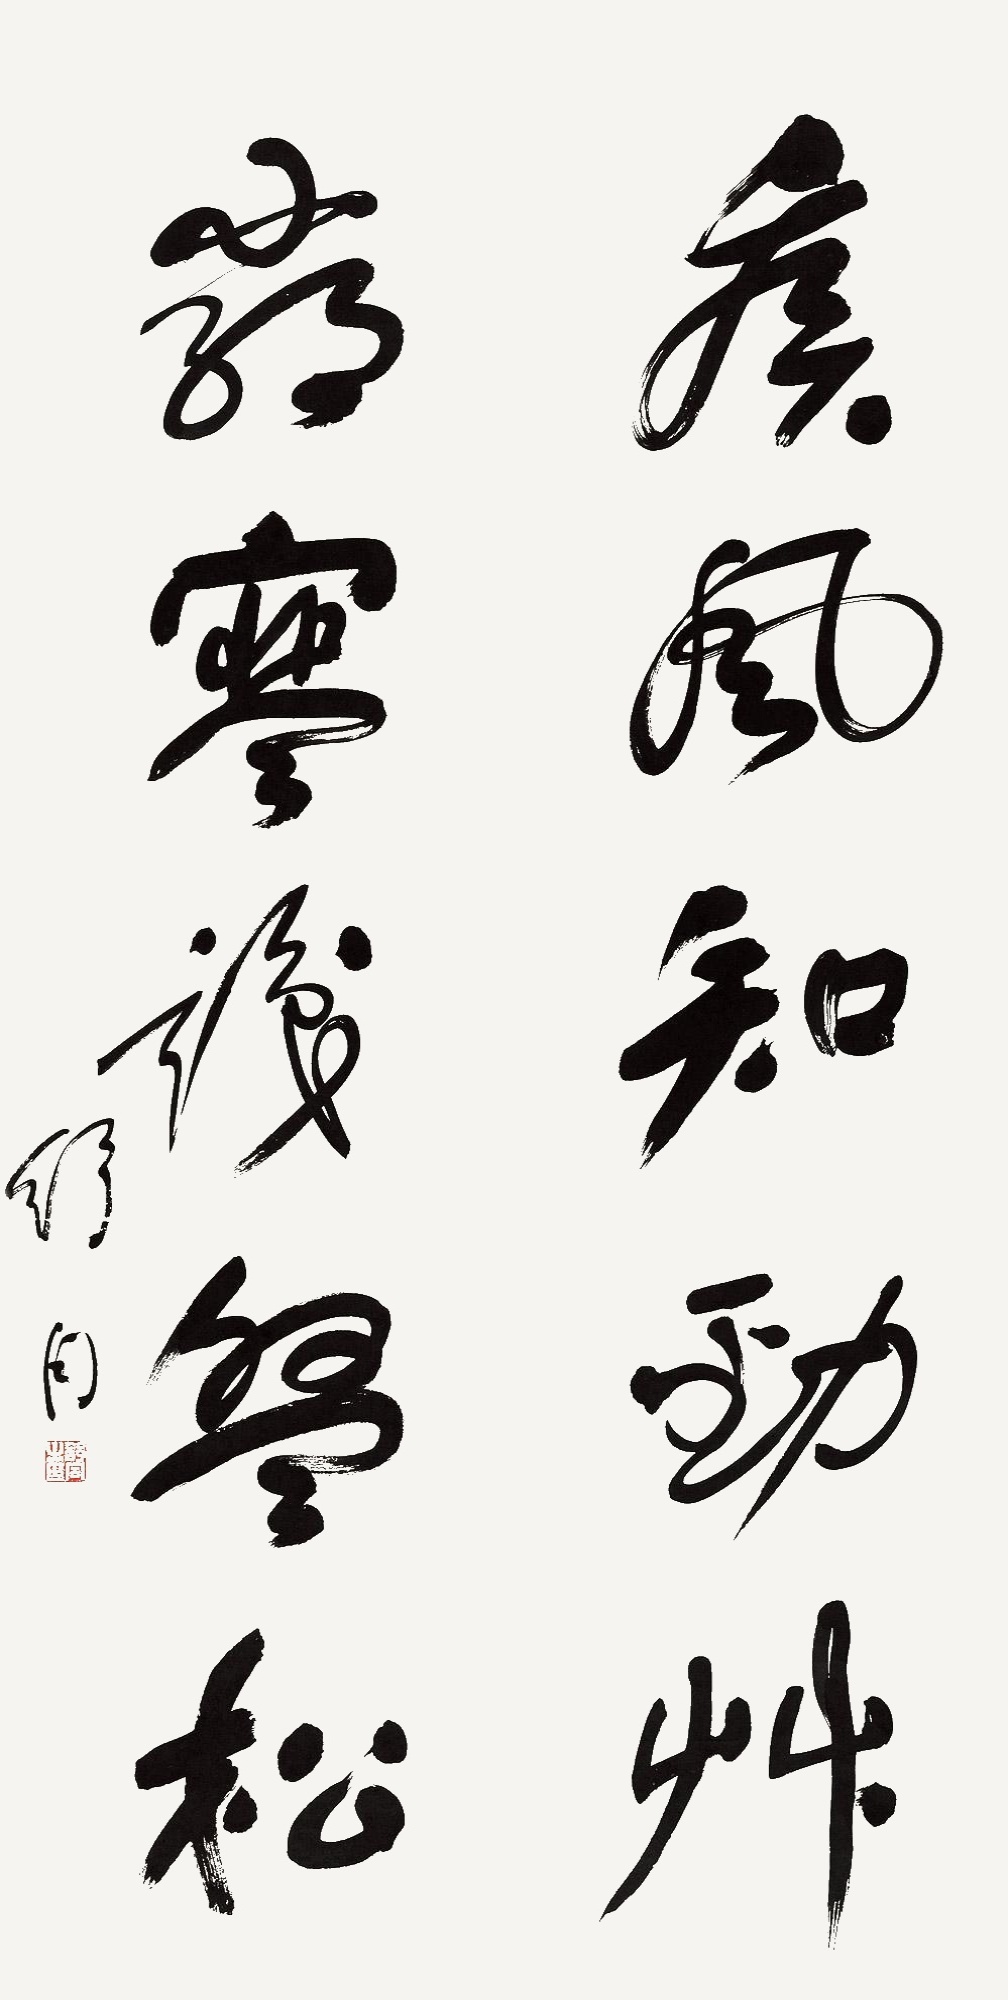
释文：疾风知劲草，严寒识盘松。舒同。